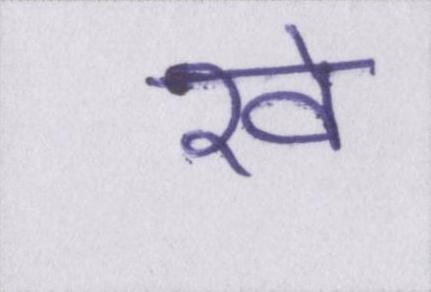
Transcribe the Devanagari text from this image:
रवे